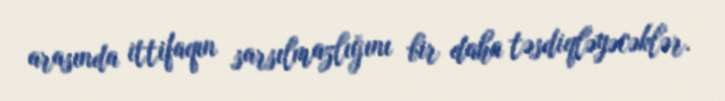
arasında ittifaqın sarsılmazlığını bir daha təsdiqləyəcəklər.